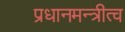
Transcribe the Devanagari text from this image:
प्रधानमन्त्रीत्व